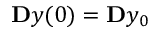
\ensuremath Ḋ \mathbf Ḋ y Ḍ Ḍ ( 0 ) = \ensuremath Ḋ \mathbf Ḋ y Ḍ Ḍ _ { 0 }